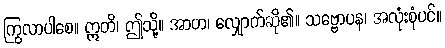
ကြွလာပါစေ။ ဣတိ၊ ဤသို့။ အာဟ၊ လျှောက်ဆို၏။ သဗ္ဗောပန၊ အလုံးစုံပင်။